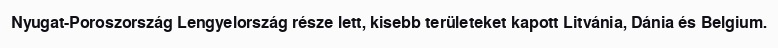
Nyugat-Poroszország Lengyelország része lett, kisebb területeket kapott Litvánia, Dánia és Belgium.